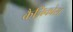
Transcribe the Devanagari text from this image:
कैज़िकोस